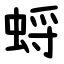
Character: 蛶